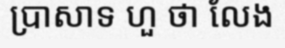
ប្រាសាទ ហួ ថា លែង